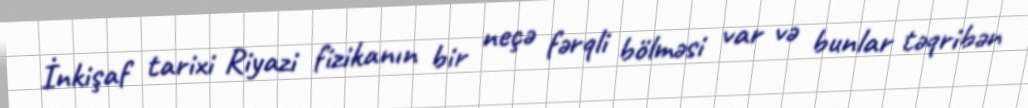
İnkişaf tarixi Riyazi fizikanın bir neçə fərqli bölməsi var və bunlar təqribən